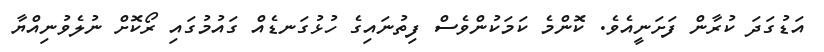
އަޑުގަދަ ކުރާން ފަށަނީއެވެ. ކޮންމެ ކަމަކުންވެސް ފިތުނައިގެ ހުޅުގަނޑެއް ގައުމުގައި ރޯކޮށް ނުލެވުނިއްޔާ